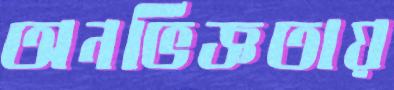
অনভিজ্ঞতায়